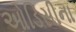
ઓડિસીના